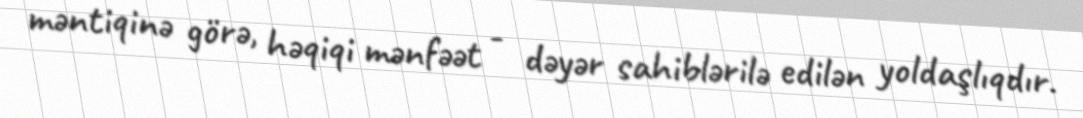
məntiqinə görə, həqiqi mənfəət - dəyər sahiblərilə edilən yoldaşlıqdır.